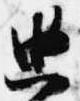
典